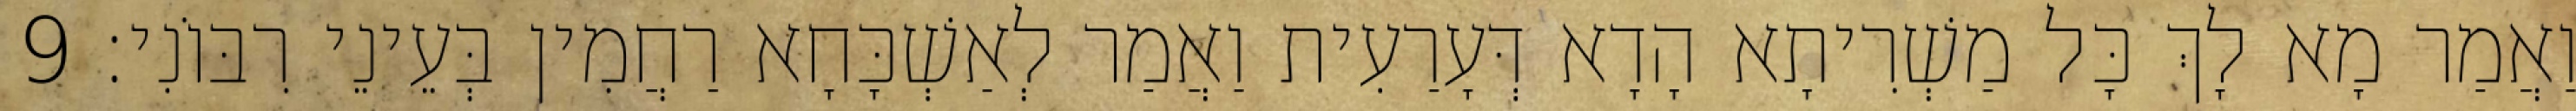
וַאֲמַר מָא לָךְ כָּל מַשְׁרִיתָא הָדָא דְּעָרַעִית וַאֲמַר לְאַשְׁכָּחָא רַחֲמִין בְּעֵינֵי רִבּוֹנִי׃ 9